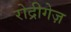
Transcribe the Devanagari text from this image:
रोद्रीगेज़